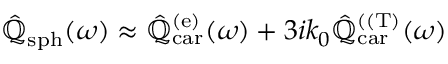
\hat { \mathbb { { Q } } } _ { \mathrm { s p h } } ( \omega ) \approx \hat { \mathbb { Q } } _ { \mathrm { c a r } } ^ { ( \mathrm { e } ) } ( \omega ) + 3 i k _ { 0 } \hat { \mathbb { Q } } _ { \mathrm { c a r } } ^ { ( \mathrm { ( T } ) } ( \omega )